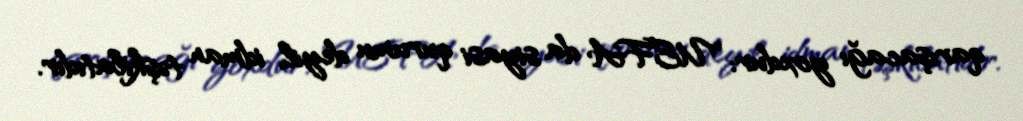
qarışacağı yoxdur: "UEFA da siyasi qurumu deyil, idman təşkilatıdır.